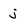
Character: j